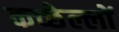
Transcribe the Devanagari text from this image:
कच्छेल्लों